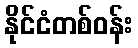
နိုင်ငံတစ်ဝန်း